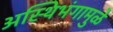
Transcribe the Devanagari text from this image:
अस्थिभंगामुळे